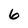
Character: 6